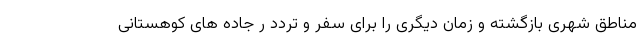
مناطق شهری بازگشته و زمان دیگری را برای سفر و تردد ر جاده های کوهستانی